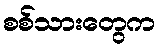
စစ်သားတွေက